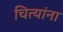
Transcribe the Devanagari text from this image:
चित्यांना